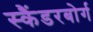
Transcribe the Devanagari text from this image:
स्कैंडरबोर्ग